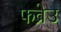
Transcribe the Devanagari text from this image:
फव्रेउ